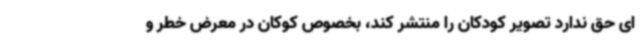
ای حق ندارد تصویر کودکان را منتشر کند، بخصوص کوکان در معرض خطر و